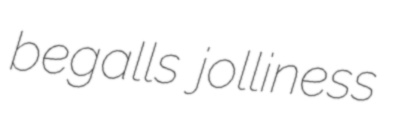
begalls jolliness